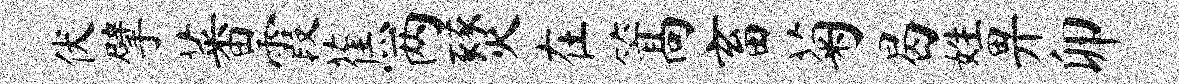
伏擘蕃霞蕉两燹在篙畜菊曷姓畀卯